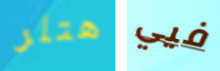
هتلر فيي